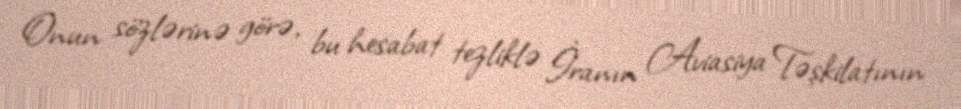
Onun sözlərinə görə, bu hesabat tezliklə İranın Aviasiya Təşkilatının